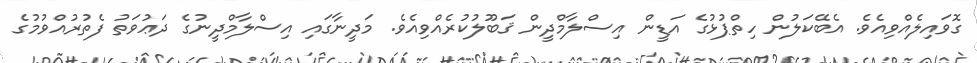
ގޮވައިލެއްވިއެވެ. އެބޭކަލުން ހިތްޕުޅުގެ އަޑީން އިސްލާމްދީން ޤަބޫލުކުރެއްވިއެވެ. މަދީނާގައި އިސްލާމްދީނުގެ ދަޢުވަތު ފެތުރުއްވުމުގެ